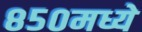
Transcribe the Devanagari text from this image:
८५०मध्ये